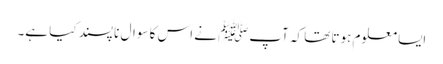
ایسا معلوم ہوتا تھا کہ آپﷺ نے اس کا سوال نا پسند کیا ہے۔